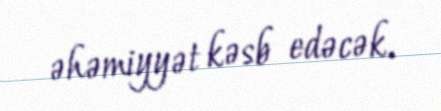
əhəmiyyət kəsb edəcək.